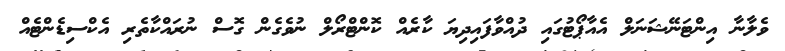
ވެލާނާ އިންޓަނޭޝަނަލް އެއާޕޯޓުގައި ދުއްވާފައިދިޔަ ކާރެއް ކޮންޓްރޯލް ނުވެގެން ގޮސް ނުރައްކާތެރި އެކްސިޑެންޓެއް